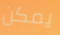
يمكن